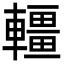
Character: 𨏃